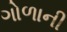
ગોળાની